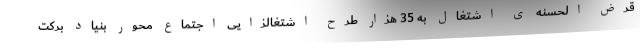
قرض الحسنه ی اشتغال به 35 هزار طرح اشتغالزایی اجتماع محور بنیاد برکت